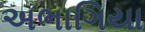
અભાગિયા